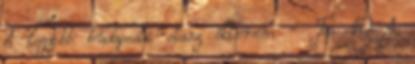
A legjobb budapesti olasz étterem - Top 10 A